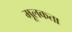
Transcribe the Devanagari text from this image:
मूलकता